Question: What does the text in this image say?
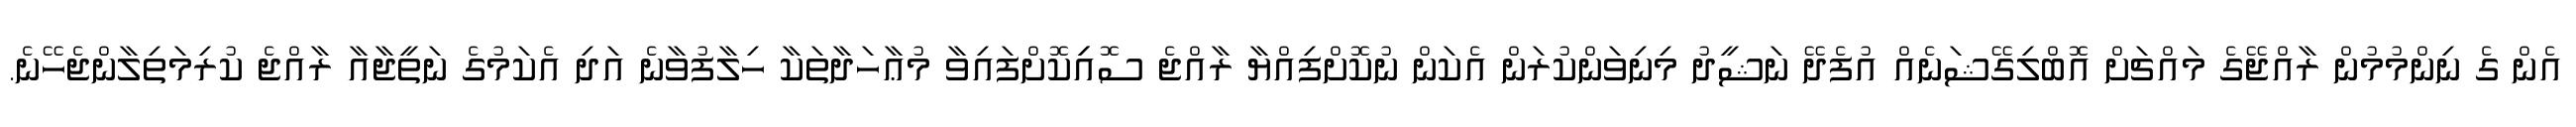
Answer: އެން ގެ ނިންމުމުން ރާއްޖޭގެ މައްޗަށް އޮބްލިގޭޝަނެއް އުފެދޭ ނަޝީދު މިނިވަންކުރަން އެކަން ނުކޮށްފިއްޔާ ރާއްޖެ ސޮއިިކޮށްފައިވާ މުޢާހަދާތަކާ ހިލާފުވާނެ އަދި އެކަމުގެ ނަތީޖާއާ ރާއްޖެ ކުރިމަތިލާންޖެހޭނެ.